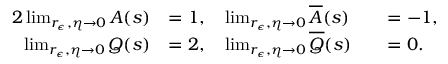
\begin{array} { r l r l } { { 2 } \operatorname* { l i m } _ { r _ { \epsilon } , \eta \rightarrow 0 } A ( s ) } & { = 1 , \quad \operatorname* { l i m } _ { r _ { \epsilon } , \eta \rightarrow 0 } \overline { { A } } ( s ) } & & { = - 1 , } \\ { \operatorname* { l i m } _ { r _ { \epsilon } , \eta \rightarrow 0 } Q ( s ) } & { = 2 , \quad \operatorname* { l i m } _ { r _ { \epsilon } , \eta \rightarrow 0 } \overline { { Q } } ( s ) } & & { = 0 . } \end{array}